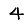
Digit: 4